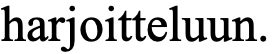
harjoitteluun.